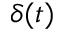
\delta ( t )